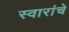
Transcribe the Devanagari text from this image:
स्वारांचे